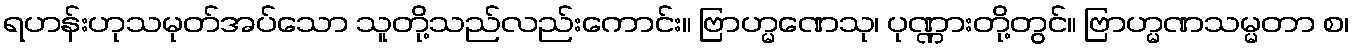
ရဟန်းဟုသမုတ်အပ်သော သူတို့သည်လည်းကောင်း။ ဗြာဟ္မဏေသု၊ ပုဏ္ဏားတို့တွင်။ ဗြာဟ္မဏသမ္မတာ စ၊